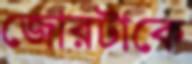
জোরটাকে